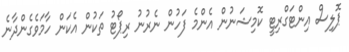
ޕޮލިސް އިންޓަގްރިޓީ ކޮމިޝަނުން އެންމެ ފަހުން ނެރުނު ރިޕޯޓު ތަކުން އެކަން ހާމަވެގެންދާނެ